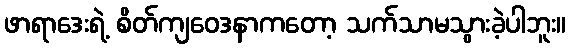
ဖာရာဒေးရဲ့ စိတ်ကျဝေဒနာကတော့ သက်သာမသွားခဲ့ပါဘူး။